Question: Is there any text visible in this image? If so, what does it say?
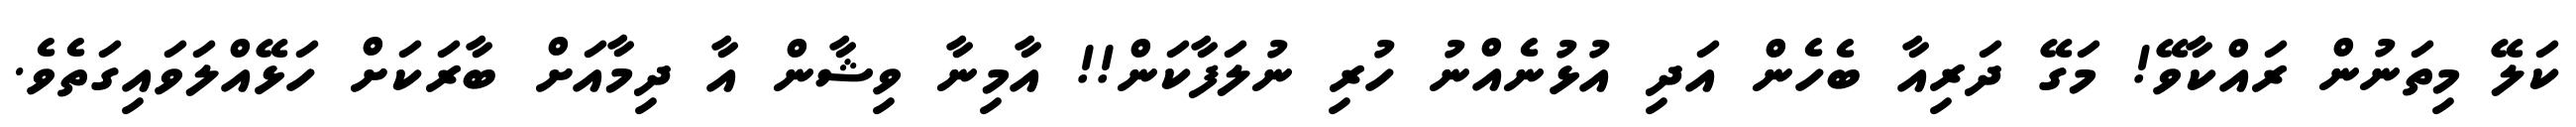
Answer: ކަލޭ މިތަނުން ރައްކާވޭ! މަގޭ ދަރިއާ ބެހެން އަދި އުޅުނެއްނު ހުރި ނުލަފާކަން!! އާމިނާ ވިޝާން އާ ދިމާއަށް ބާރަކަށް ހަޅޭއްލަވައިގަތެވެ.